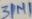
Text: 31M1